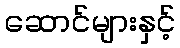
ဆောင်များနှင့်